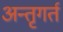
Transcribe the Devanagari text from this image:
अन्तृगर्त